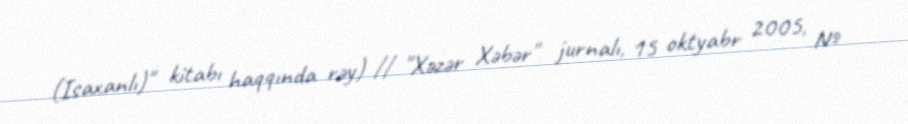
(Isaxanlı)" kitabı haqqında rəy) // "Xəzər Xəbər" jurnalı, 15 oktyabr 2005, №